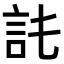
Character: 𧥫